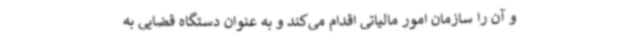
و آن را سازمان امور مالیاتی اقدام می‌کند و به عنوان دستگاه قضایی به